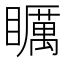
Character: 矋